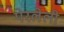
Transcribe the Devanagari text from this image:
पेरलेली